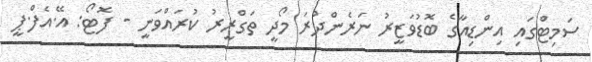
ސަމިޓްގައި އިންޑިއާގެ ބޮޑުވަޒީރު ނަރެންދުރަ މޯދީ ތަގްރީރު ކުރައްވަނީ - ފޮޓޯ: އޭ.އެފް.ޕީ